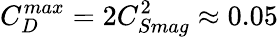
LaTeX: C_{D}^{max}=2C_{Smag}^{2}\approx 0.05